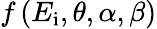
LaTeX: f\left(E_{\mathrm{i}},\theta,\alpha,\beta\right)